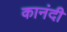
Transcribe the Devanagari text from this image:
कानंदी